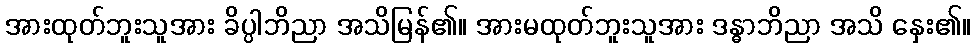
အားထုတ်ဘူးသူအား ခိပ္ပါဘိညာ အသိမြန်၏။ အားမထုတ်ဘူးသူအား ဒန္ဓာဘိညာ အသိ နှေး၏။